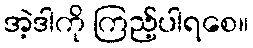
အဲ့ဒါကို ကြည့်ပါရစေ။